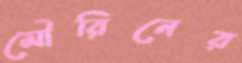
মৌরিনের